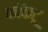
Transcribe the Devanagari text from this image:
कॉकटू